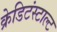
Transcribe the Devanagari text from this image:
क्रेडिटंस्टाल्ट